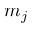
m _ { j }